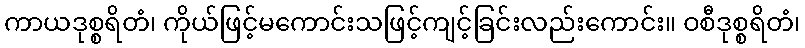
ကာယဒုစ္စရိတံ၊ ကိုယ်ဖြင့်မကောင်းသဖြင့်ကျင့်ခြင်းလည်းကောင်း။ ဝစီဒုစ္စရိတံ၊